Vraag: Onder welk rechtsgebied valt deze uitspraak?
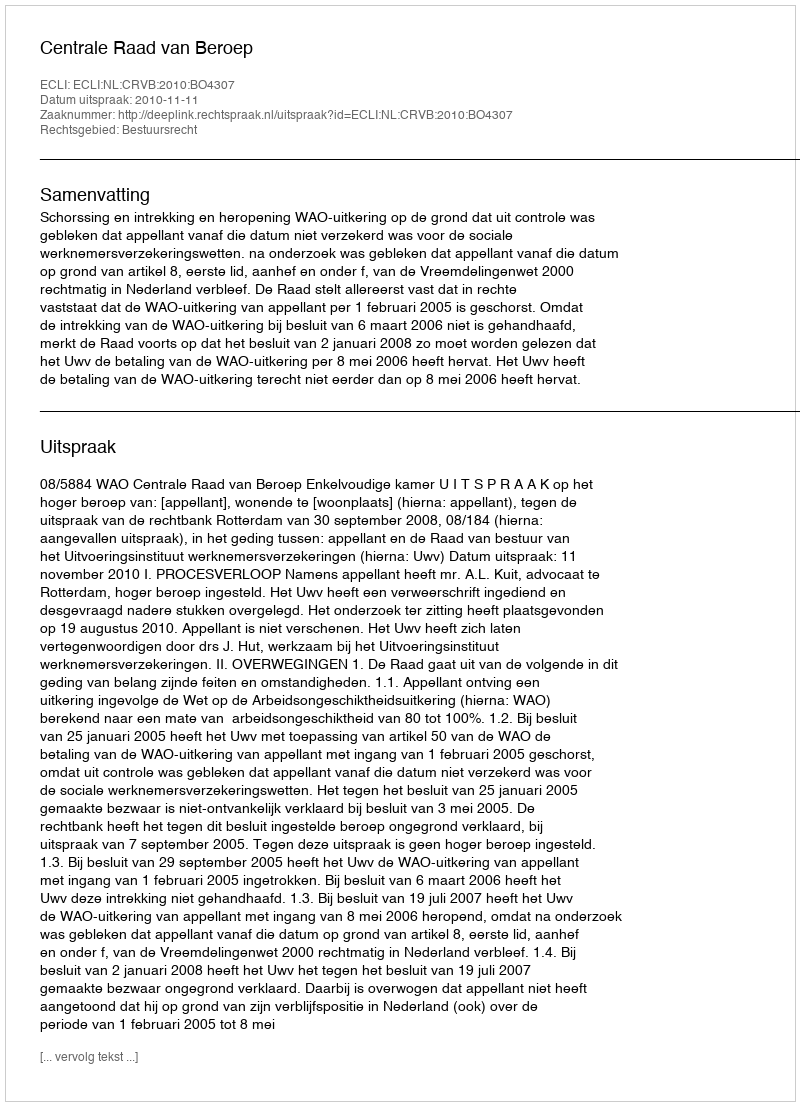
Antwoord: Bestuursrecht